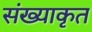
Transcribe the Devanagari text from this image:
संख्याकृत